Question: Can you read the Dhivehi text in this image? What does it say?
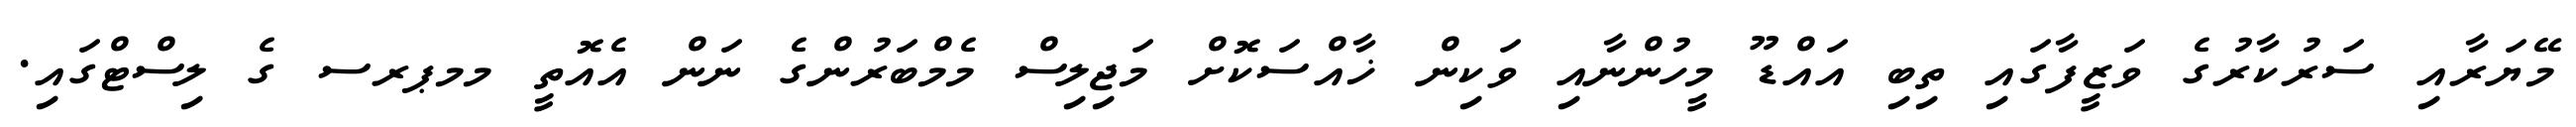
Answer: މޭޔަރާއި ސަރުކާރުގެ ވަޒީފާގައި ތިބި އައްޑޫ މީހުންނާއި ވަކިން ޚާއްސަކޮށް މަޖިލިސް މެމްބަރުންގެ ނަން އެއޮތީ މމޕރސ ގެ ލިސްޓްގައި.